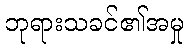
ဘုရားသခင်၏အမှု